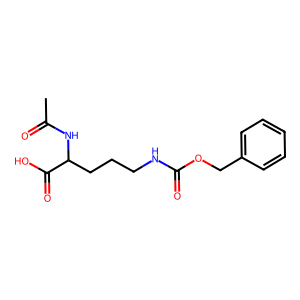
SMILES: CC(=O)NC(CCCNC(=O)OCc1ccccc1)C(=O)O
Inhibits HIV replication: No